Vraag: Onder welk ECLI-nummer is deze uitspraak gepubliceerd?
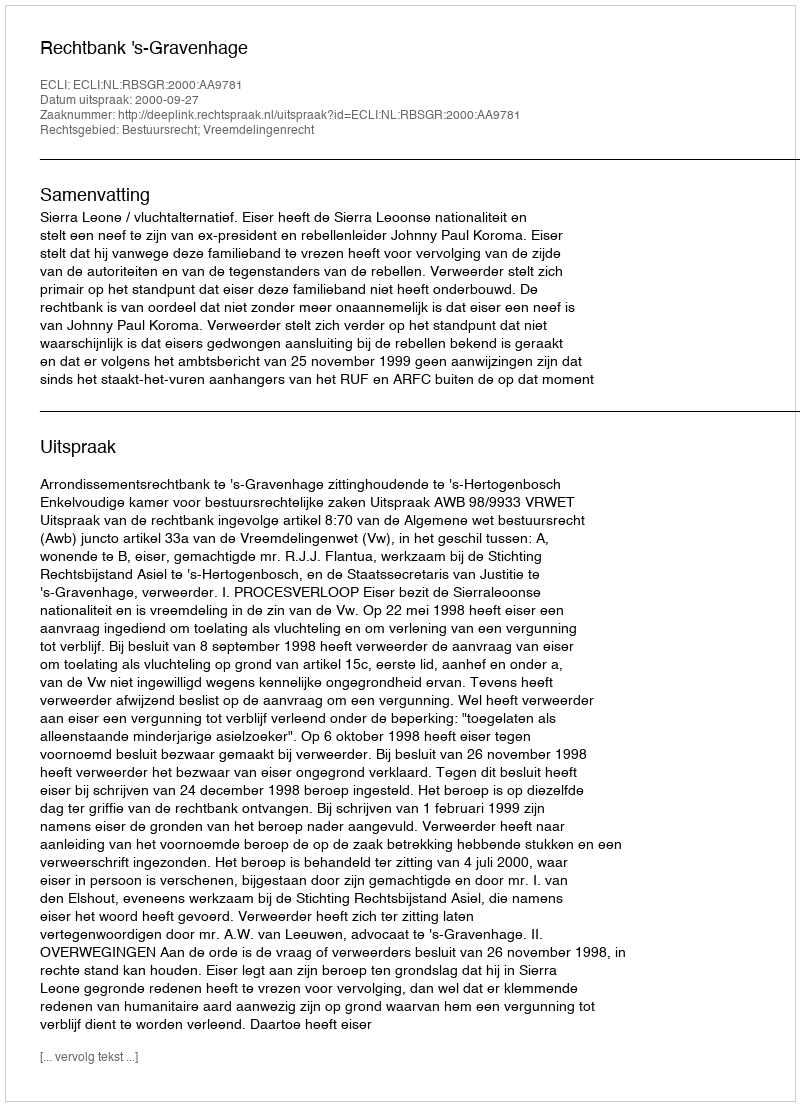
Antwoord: ECLI:NL:RBSGR:2000:AA9781